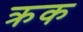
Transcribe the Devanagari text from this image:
क्रक